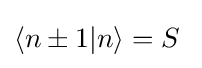
\langle n\pm 1|n\rangle =S\